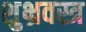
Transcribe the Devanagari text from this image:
शुभ्रवस्त्र